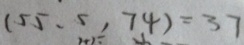
( 5 5 . 5 , 7 4 ) = 3 7